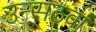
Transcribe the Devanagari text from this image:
उन्सठवां